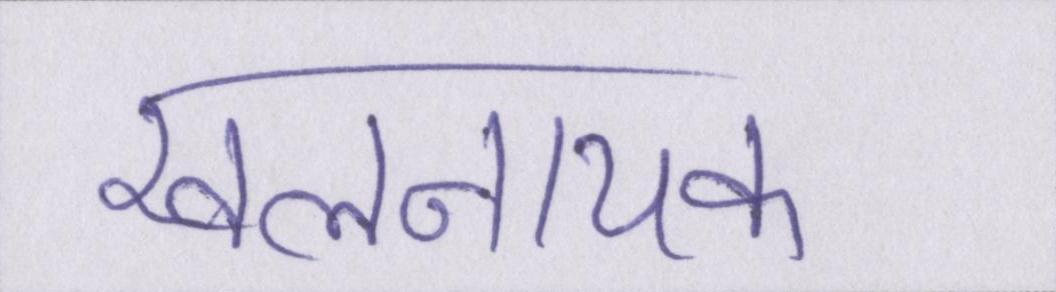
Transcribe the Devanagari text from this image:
खलनायक